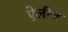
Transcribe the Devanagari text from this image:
ऐलीज़